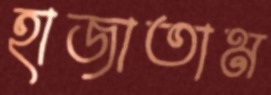
হাজাতাম